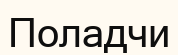
Поладчи